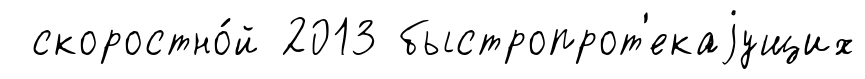
скоростно́й 2013 быстропрот'екаjущих